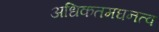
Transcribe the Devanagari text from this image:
अधिकतमघनत्व